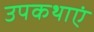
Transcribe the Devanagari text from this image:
उपकथाएं